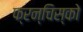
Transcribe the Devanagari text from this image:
फ्रन्चिस्को